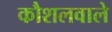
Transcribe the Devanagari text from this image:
कौशलवाले